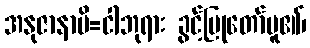
အနုဇာနာမိ=ငါဘုရား ခွင့်ပြုတော်မူ၏၊